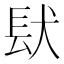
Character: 𮣺